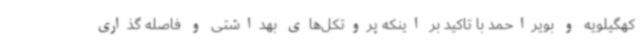
کهگیلویه و بویراحمد با تاکید بر اینکه پروتکل‌های بهداشتی و فاصله گذاری